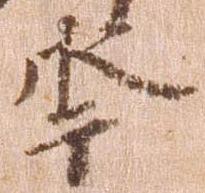
年